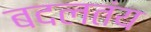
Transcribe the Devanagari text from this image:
बदलतंय